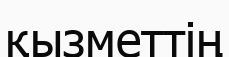
қызметтің